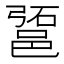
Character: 𰻱